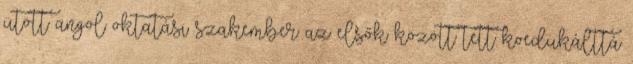
ütött angol oktatási szakember az elsők között tett koedukálttá